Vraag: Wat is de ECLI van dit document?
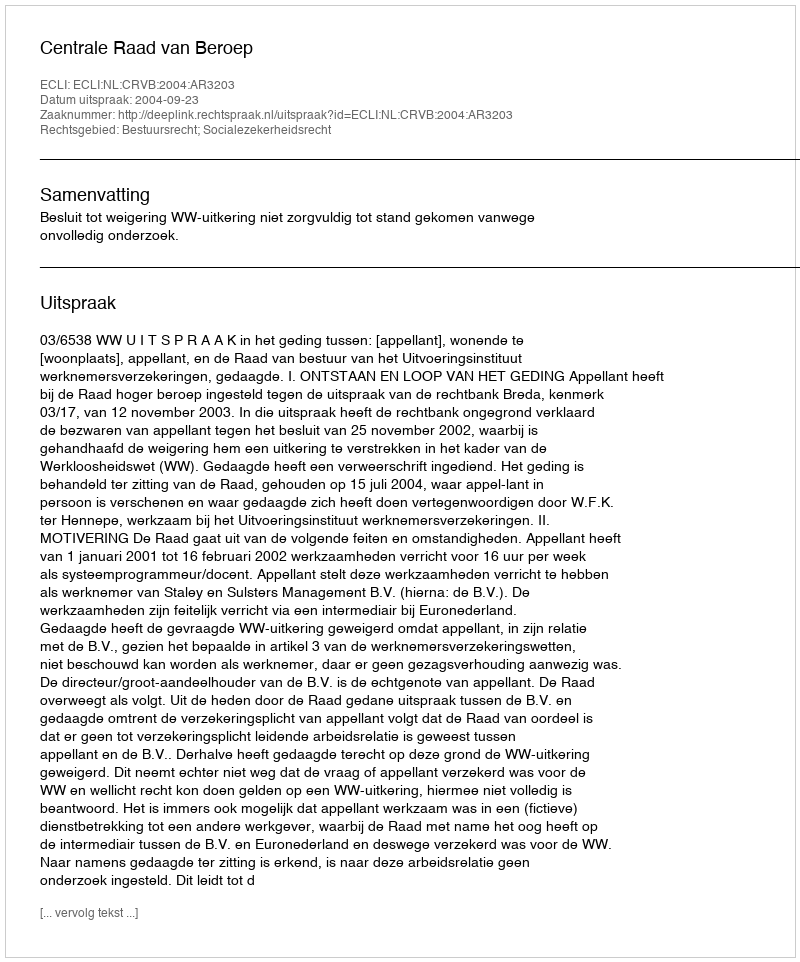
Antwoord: ECLI:NL:CRVB:2004:AR3203